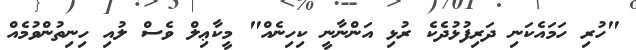
"ހުރި ހަމައެކަނި ދަރިފުޅުދެކެ ރުޅި އަންނާނީ ކިހިނެއް" މީކާޢިލް ވެސް ލުއި ހިނިތުންވުމެއް